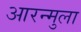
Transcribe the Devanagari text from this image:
आरन्मुला